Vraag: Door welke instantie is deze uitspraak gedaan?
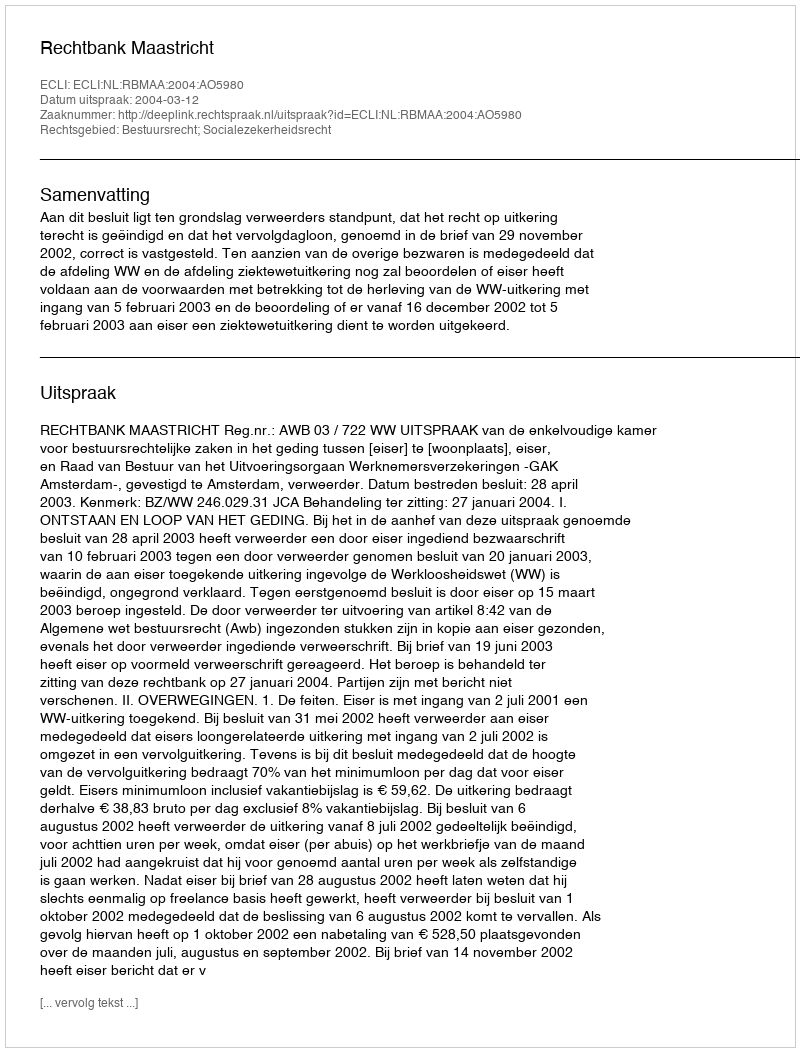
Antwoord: Rechtbank Maastricht